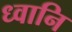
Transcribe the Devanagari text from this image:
ध्वानि